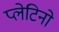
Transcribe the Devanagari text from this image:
प्लेटिनो